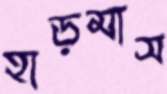
হাড়মাস